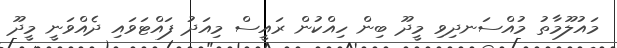
މައުލޫމާތު މުއްސަނދިވި މީދޫ ބިން ހިއްކުން ރައީސް މިއަދު ފައްޓަވައި ދެއްވަނީ މީދޫ